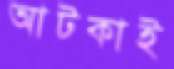
আটকাই